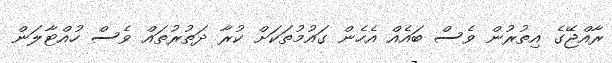
ރާއްޖޭގެ އިތުރުން ވެސް ބައެއް އެހެން ގައުމުތަކަށް ކުރާ ދަތުރުތައް ވެސް ހުއްޓާލަން